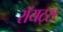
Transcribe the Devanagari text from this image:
रॉयट्स